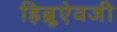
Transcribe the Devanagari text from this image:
हिब्रूऐवजी